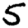
Digit: 5